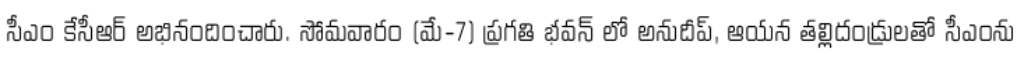
సీఎం కేసీఆర్ అభినందించారు. సోమవారం (మే-7) ప్రగతి భవన్ లో అనుదీప్, ఆయన తల్లిదండ్రులతో సీఎంను